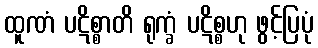
ထူဏံ ပဋိစ္စာတိ ရုက္ခံ ပဋိစ္စဟု ဖွင့်ပြပုံ